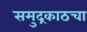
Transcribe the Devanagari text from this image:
समुद्रकाठचा